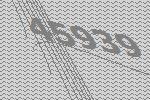
45939